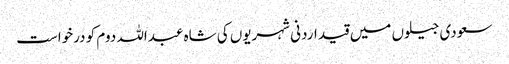
سعودی جیلوں میں قید اردنی شہریوں کی شاہ عبداللہ دوم کو درخواست